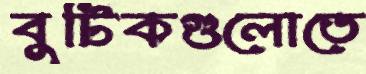
বুটিকগুলোতে